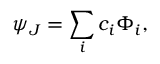
\psi _ { J } = \sum _ { i } c _ { i } \Phi _ { i } ,